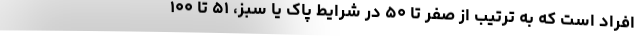
افراد است که به ترتیب از صفر تا ۵۰ در شرایط پاک یا سبز، ۵۱ تا ۱۰۰